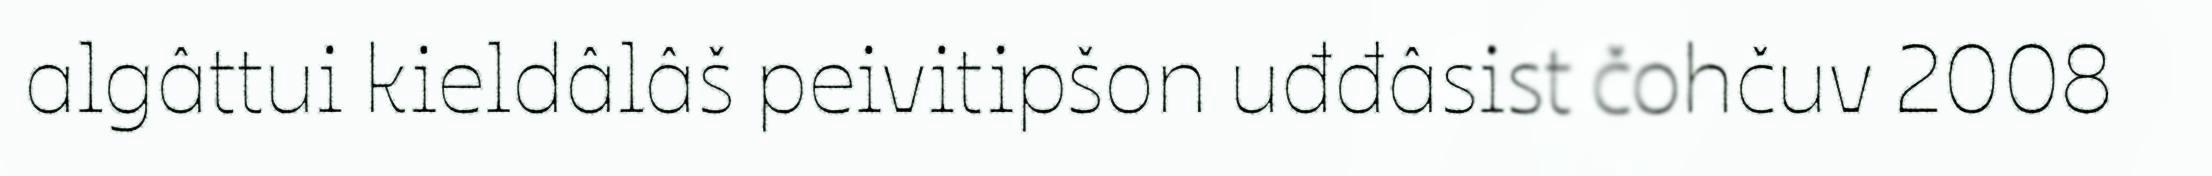
algâttui kieldâlâš peivitipšon uđđâsist čohčuv 2008